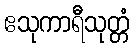
ဧသုကာရီသုတ္တံ